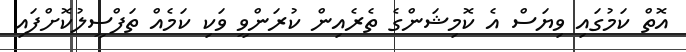
އޮތް ކަމުގައި ވިޔަސް އެ ކޮމިޝަންގެ ތެރެއިން ކުރަންވީ ވަކި ކަމެއް ތަފްސީލުކޮށްފައި